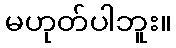
မဟုတ်ပါဘူး။